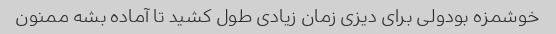
خوشمزه بودولی برای دیزی زمان زیادی طول کشید تا آماده بشه ممنون